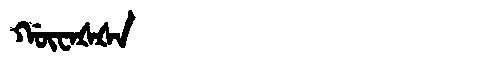
Manchu: ᡤᡡᠸᠠᡧᡧᠠ
Romanization: GŪWAŠŠA